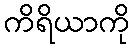
ကိရိယာကို